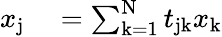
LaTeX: \begin{array}{rl}{x_{\mathrm{j}}}&{{}=\sum_{\mathrm{k}=1}^{\mathrm{N}}t_{\mathrm{jk}}x_{\mathrm{k}}}\end{array}